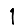
Digit: 1